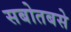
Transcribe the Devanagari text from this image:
सबोतबसे